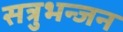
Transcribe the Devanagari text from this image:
सत्रुभन्जन